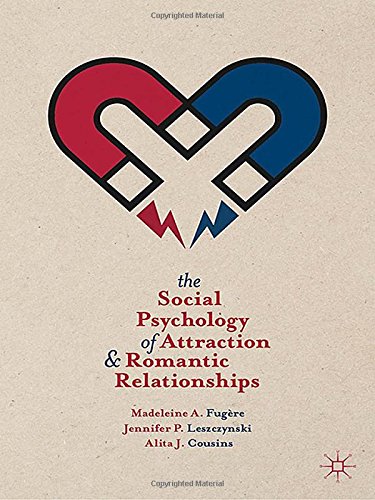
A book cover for The Social Psychology of Attraction and Romantic Relationships; Madeleine A. FugÃ¨re; Self-Help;